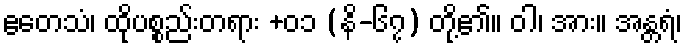
ဧတေသံ၊ ထိုပစ္စည်းတရား +၀၁ (နိ-၆၇) တို့၏။ ဝါ၊ အား။ အန္တရံ၊